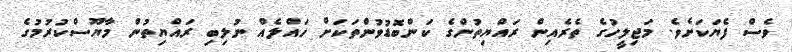
ވެސް ފެޔަކަށެވެ. މަޖިލީހުގެ ތެރެއިން ރައްޔިތުންގެ ކަންބޮޑުވުންތަކަށް ހައްލެއް ނުލިބި ރައްޔިތުން މާޔޫސްކުރުމުގެ